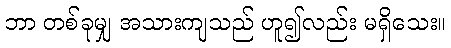
ဘာ တစ်ခုမျှ အသားကျသည် ဟူ၍လည်း မရှိသေး။